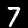
Label: 7